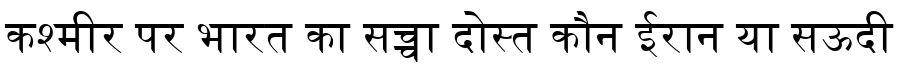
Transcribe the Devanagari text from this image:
कश्मीर पर भारत का सच्चा दोस्त कौन ईरान या सऊदी